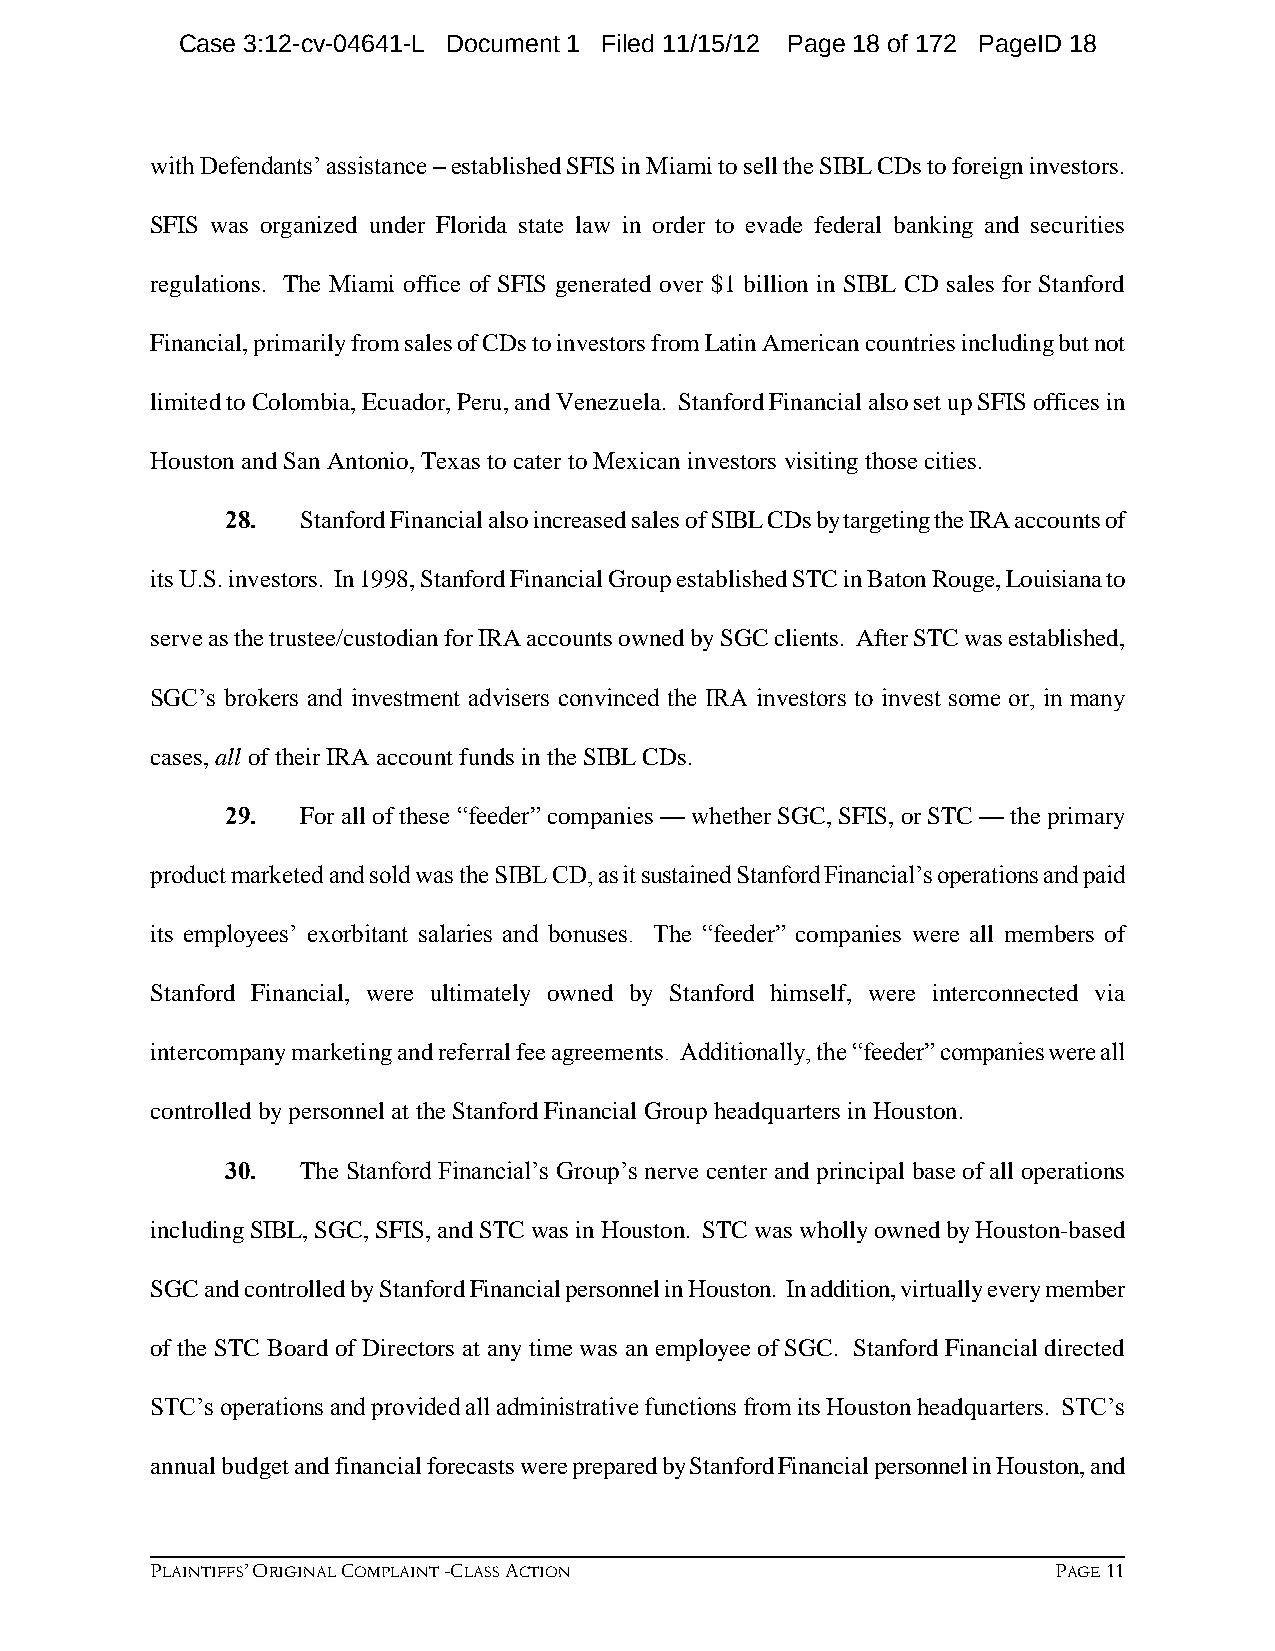
Case 3:12-cv-04641-L Document 1 Filed 11/15/12 Page 18 of 172 PageID 18
 with Defendants’ assistance – established SFIS in Miami to sell the SIBL CDs to foreign investors.
 SFIS was organized under Florida state law in order to evade federal banking and securities
 regulations. The Miami office of SFIS generated over $1 billion in SIBL CD sales for Stanford
 Financial, primarily from sales of CDs to investors from Latin American countries including but not
 limited to Colombia, Ecuador, Peru, and Venezuela. Stanford Financial also set up SFIS offices in
 Houston and San Antonio, Texas to cater to Mexican investors visiting those cities.
 28.  Stanford Financial also increased sales of SIBL CDs by targeting the IRA accounts of
 its U.S. investors. In 1998, Stanford Financial Group established STC in Baton Rouge, Louisiana to
 serve as the trustee/custodian for IRA accounts owned by SGC clients. After STC was established,
 SGC’s brokers and investment advisers convinced the IRA investors to invest some or, in many
 cases, all of their IRA account funds in the SIBL CDs.
 29.  For all of these “feeder” companies — whether SGC, SFIS, or STC — the primary
 product marketed and sold was the SIBL CD, as it sustained Stanford Financial’s operations and paid
 its employees’ exorbitant salaries and bonuses. The “feeder” companies were all members of
 Stanford Financial, were ultimately owned by Stanford himself, were interconnected via
 intercompany marketing and referral fee agreements. Additionally, the “feeder” companies were all
 controlled by personnel at the Stanford Financial Group headquarters in Houston.
 30.  The Stanford Financial’s Group’s nerve center and principal base of all operations
 including SIBL, SGC, SFIS, and STC was in Houston. STC was wholly owned by Houston-based
 SGC and controlled by Stanford Financial personnel in Houston. In addition, virtually every member
 of the STC Board of Directors at any time was an employee of SGC. Stanford Financial directed
 STC’s operations and provided all administrative functions from its Houston headquarters. STC’s
 annual budget and financial forecasts were prepared by Stanford Financial personnel in Houston, and
 PLAINTIFFS’ ORIGINAL COMPLAINT -CLASS ACTION                PAGE 11